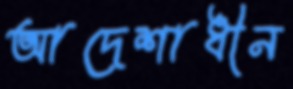
আদেশাধীন